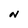
Character: N